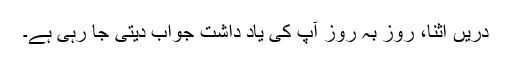
دریں اثنا، روز بہ روز آپ کی یاد داشت جواب دیتی جا رہی ہے۔